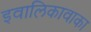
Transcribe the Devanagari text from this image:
इवालिकावाका